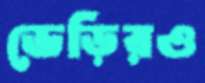
ভেড়িরও